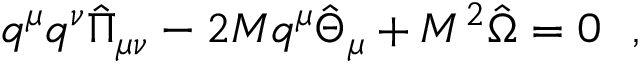
q ^ { \mu } q ^ { \nu } { \hat { \Pi } } _ { \mu \nu } - 2 M q ^ { \mu } { \hat { \Theta } } _ { \mu } + M ^ { 2 } \hat { \Omega } = 0 ~ ~ ,